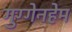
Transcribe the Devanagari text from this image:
गुग्गेनहेम